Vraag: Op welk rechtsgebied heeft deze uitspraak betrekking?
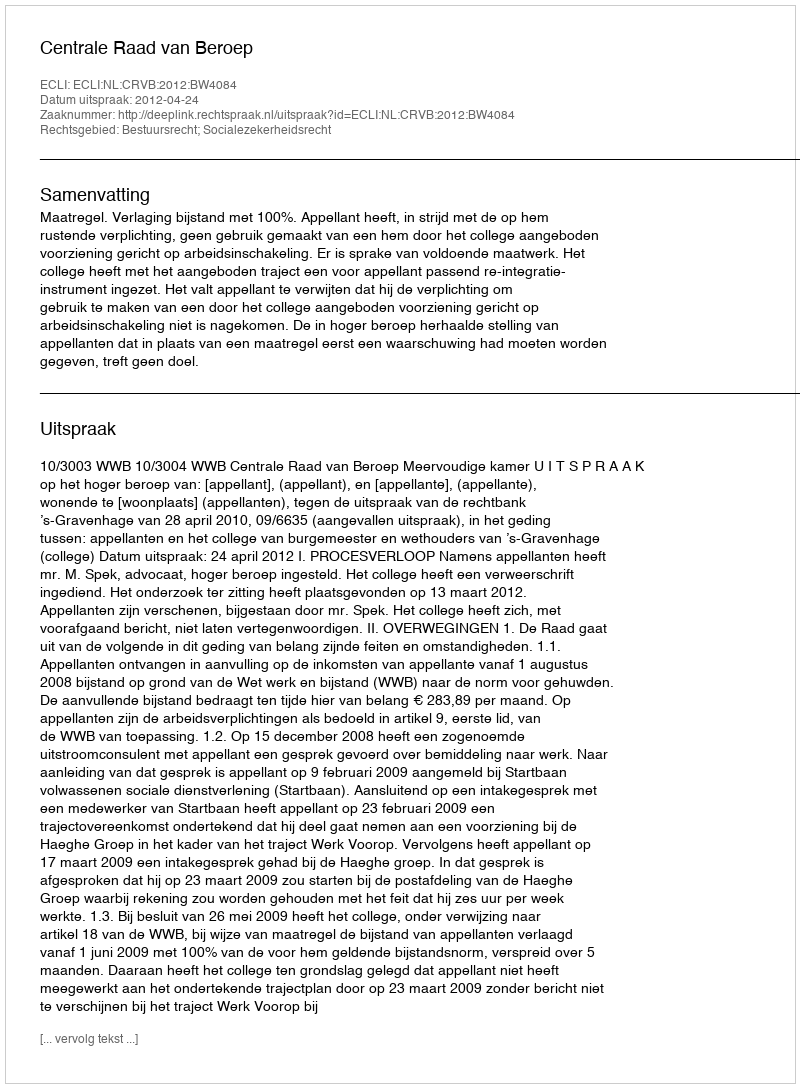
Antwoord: Bestuursrecht; Socialezekerheidsrecht